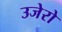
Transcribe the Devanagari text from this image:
उजेरो